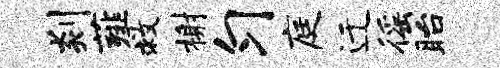
剡薤救榭匀庭迁徭眙